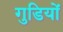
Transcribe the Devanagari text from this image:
गुडियों